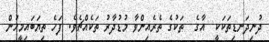
ދުނިދަނޑިތަކަކީ  އާގެ  ތަކުގެ ތެރެއިންވާ މުޑުދާރު ތަކެއްޗެވެ. ފަހެ ތިޔަބައިމީހުން